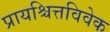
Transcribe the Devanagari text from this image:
प्रायश्चित्तविवेक